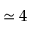
\simeq 4